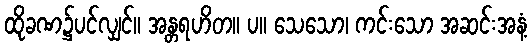
ထိုခဏ၌ပင်လျှင်။ အန္တရဟိတ။ ပ။ သေသော၊ ကင်းသော အဆင်းအနံ့